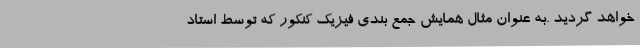
خواهد گردید .به عنوان مثال همایش جمع بندی فیزیک کنکور که توسط استاد